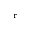
_ \mathrm { r }